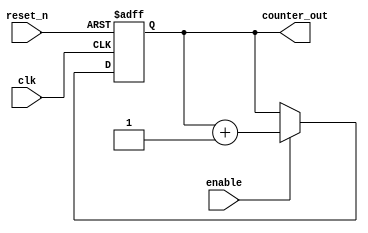
`timescale 1ns/1ps

    module up_counter #(parameter counter_bits = 4) 
    (
        input clk, reset_n,enable, 
        output[counter_bits-1:0] counter_out
    );
        //seq. style
        reg [counter_bits-1:0] q_reg, q_next;

        //seq part
        always @(posedge clk, negedge reset_n) begin
            if (~reset_n)
                q_reg <= 'd0;
            else
                if(enable)
                    q_reg <= q_next;
                else
                    q_reg <= q_reg;

        end
        
        //next state logic
        always @(*) begin
            q_next = q_reg + 1'b1; 
        end

        // output logic

        assign counter_out = q_reg;

    endmodule




module up_counter_tb();

  // Port and parameter declaration
  localparam counter_bits = 7;
  localparam period = 5;

  reg clk, reset_n, enable;
  wire [counter_bits-1:0]counter_out;

  // Instantiate the UUT module
   up_counter #(.counter_bits(counter_bits))UUT (.clk(clk), .reset_n(reset_n), .counter_out(counter_out), .enable(enable));



  // Specify a stopwatch for the simulation
  initial begin
    #1000;
    $finish;
  end

  // Generate stimuli using initial and always blocks
  // Clock generation
  always begin
    clk = 1'b1;
    #period;
    clk = 1'b0;
    #period;
  end

  // Stimuli generation
  initial begin
    enable=1'b1;
    reset_n = 1'b0;
    #period;
    reset_n = 1'b1;

  end

  // Monitor the output
  initial begin
    $monitor("time = %d\t  output = %d\t reset = %b", $time, counter_out, reset_n);
  end


endmodule